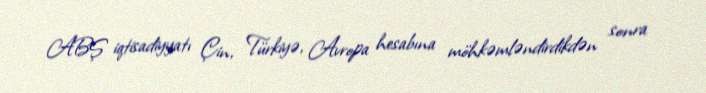
ABŞ iqtisadiyyatı Çin, Türkiyə, Avropa hesabına möhkəmləndirdikdən sonra